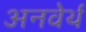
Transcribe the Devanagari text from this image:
अनवेर्थ